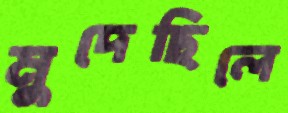
মুদেছিলে